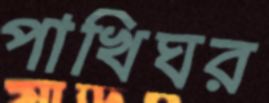
পাখিঘর